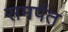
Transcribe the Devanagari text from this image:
समर्पत